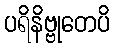
ပရိနိဗ္ဗုတေပိ